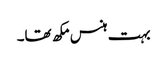
بہت ہنس مکھ تھا۔